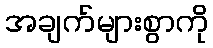
အချက်များစွာကို